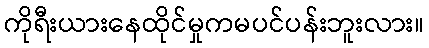
ကိုရီးယားနေထိုင်မှုကမပင်ပန်းဘူးလား။